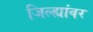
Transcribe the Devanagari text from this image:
जिल्ह्यांवर